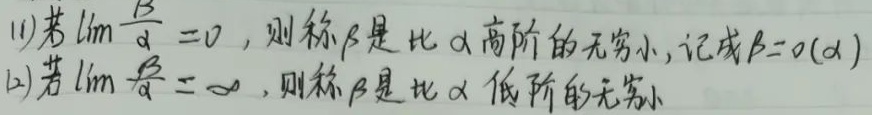
(1)若\(\lim\frac{\beta}{\alpha}=0\)，则称\(\beta\)是比\(\alpha\)高阶的无穷小，记成\(\beta = o(\alpha)\)。

(2)若\(\lim\frac{\beta}{\alpha}=\infty\)，则称\(\beta\)是比\(\alpha\)低阶的无穷小。